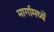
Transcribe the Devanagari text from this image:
मार्गामध्यें